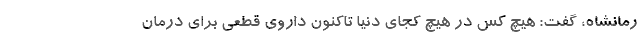
رمانشاه، گفت: هیچ کس در هیچ کجای دنیا تاکنون داروی قطعی برای درمان